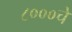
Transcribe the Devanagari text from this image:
८०००चे